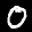
Label: 0